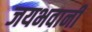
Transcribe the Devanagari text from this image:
जयभवानी